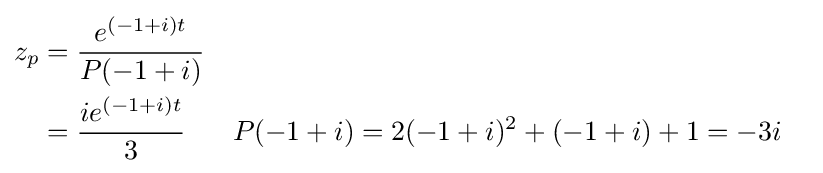
{\begin{aligned}z_{p}&={\frac {e^{(-1+i)t}}{P(-1+i)}}\\&={\frac {ie^{(-1+i)t}}{3}}&&P(-1+i)=2(-1+i)^{2}+(-1+i)+1=-3i\end{aligned}}